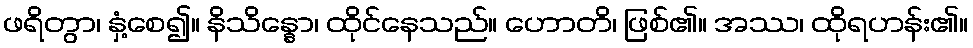
ဖရိတွာ၊ နှံ့စေ၍။ နိသိန္နော၊ ထိုင်နေသည်။ ဟောတိ၊ ဖြစ်၏။ အဿ၊ ထိုရဟန်း၏။